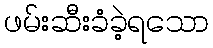
ဖမ်းဆီးခံခဲ့ရသော